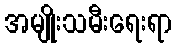
အမျိုးသမီးရေးရာ